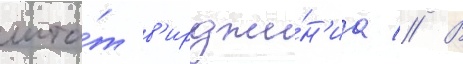
шта́т в'ирджи́н'иа // В